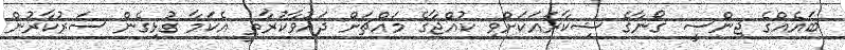
ބައެއްގެ ޖިންސީ ގޯނާގެ ޝިކާރައަކަށްވި ކުއްޖާގެ މައްޗަށް ދައުވާކުރާތީ އެކަމާ ގުޅިގެން ސަރުކާރުން